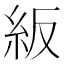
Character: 𥾵